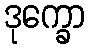
ဒုက္ခော